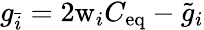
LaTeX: g_{\bar{i}}=2\mathrm{w}_{i}C_{\mathrm{eq}}-\tilde{g}_{i}